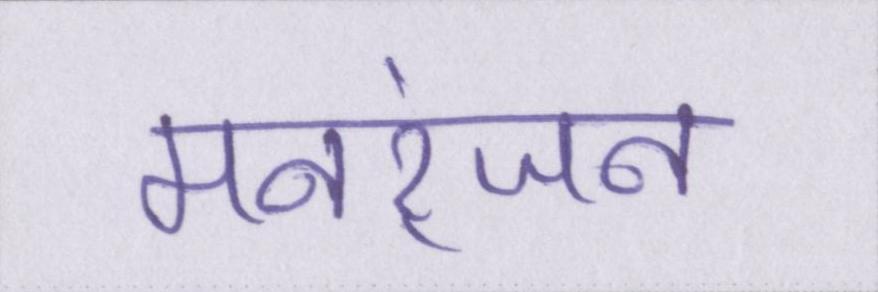
मनरंजन